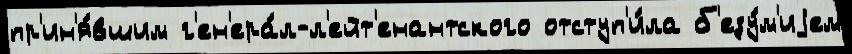
пр'ин'я́вшим г'ен'ера́л-л'ейт'енантского отступ'и́ла б'езу́м'иjем